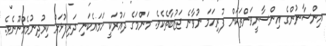
އިންސާނުންގެ އިންސާނީވަންތަކަން ފުރިހަމަ ނުވާނެ ޖަޒުބާތެކެވެ. މަންމަގެ ދައުރަކީ ހަމައެކަނި ދަރިފުޅަށް ކިރުދިނުމެއްނޫނެވެ.